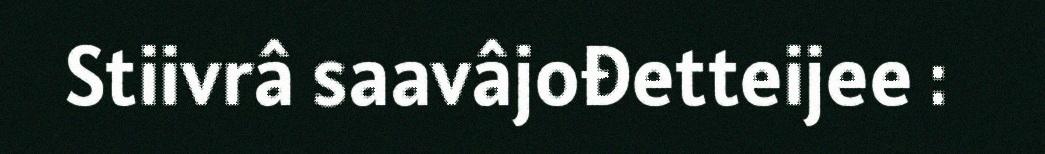
Stiivrâ saavâjođetteijee :